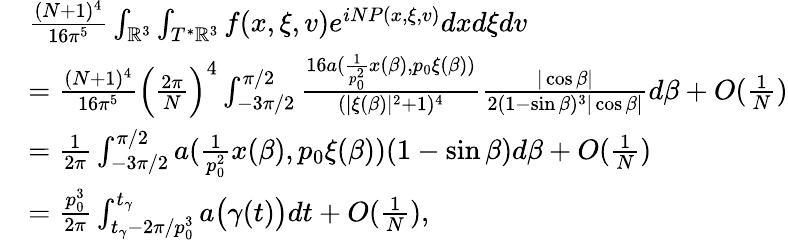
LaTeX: \begin{array}{rl}&{\frac{(N+1)^{4}}{16\pi^{5}}\int_{\mathbb{R}^{3}}\int_{T^{*}\mathbb{R}^{3}}f(x,\xi,v)e^{iNP(x,\xi,v)}dxd\xi dv}\\ &{=\frac{(N+1)^{4}}{16\pi^{5}}\Big(\frac{2\pi}{N}\Big)^{4}\int_{-3\pi/2}^{\pi/2}\frac{16a(\frac{1}{p_{0}^{2}}x(\beta),p_{0}\xi(\beta))}{(|\xi(\beta)|^{2}+1)^{4}}\frac{|\cos\beta|}{2(1-\sin\beta)^{3}|\cos\beta|}d\beta+O(\frac{1}{N})}\\ &{=\frac{1}{2\pi}\int_{-3\pi/2}^{\pi/2}a(\frac{1}{p_{0}^{2}}x(\beta),p_{0}\xi(\beta))(1-\sin\beta)d\beta+O(\frac{1}{N})}\\ &{=\frac{p_{0}^{3}}{2\pi}\int_{t_{\gamma}-2\pi/p_{0}^{3}}^{t_{\gamma}}a\big(\gamma(t)\big)dt+O(\frac{1}{N}),}\end{array}